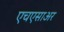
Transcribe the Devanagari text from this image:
एचएसाअर